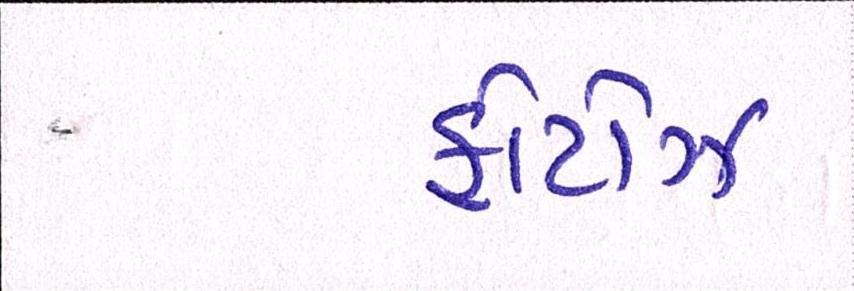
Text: ફોટોઝ